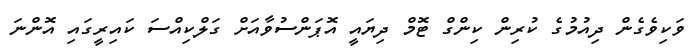
ވަކިވެގެން ދިއުމުގެ ކުރިން ކިންގް ޓޮމް ދިޔައީ އޮޕަންސުވާއަށް ގަލްކިއްސަ ކައިރީގައި އޮންނަ